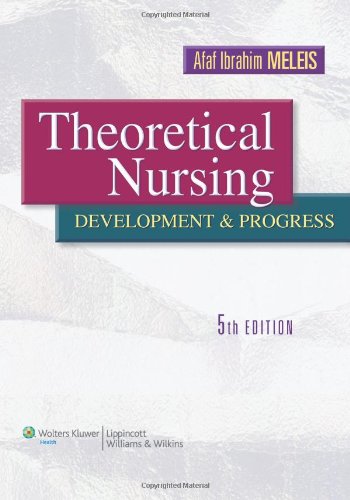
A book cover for Theoretical Nursing: Development and Progress; Afaf Ibrahim Meleis PhD  FAAN; Medical Books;